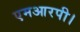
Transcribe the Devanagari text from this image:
एमआरपी।